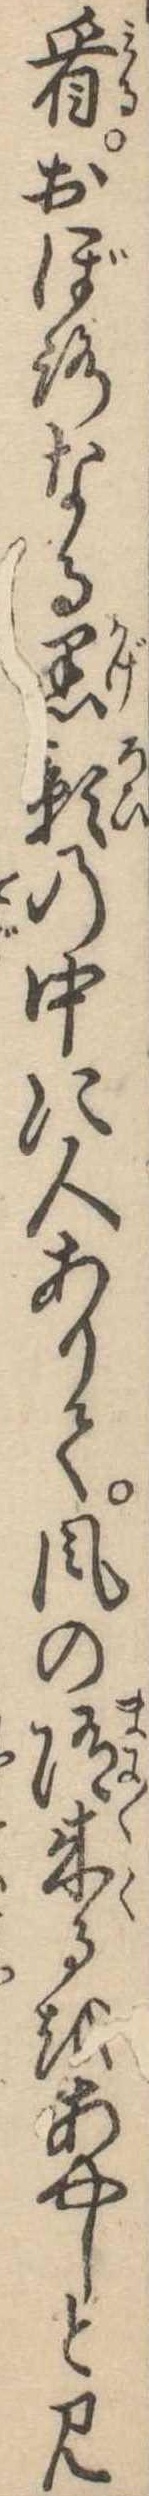
看おぼろなる黒影の中に人ありて風の随来るをあやしと見